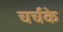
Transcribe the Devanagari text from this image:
चर्चके